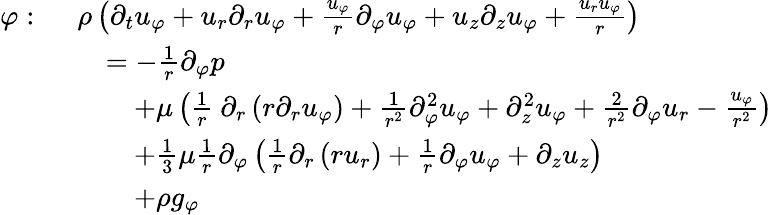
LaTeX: {\begin{array}{rl}{\varphi:\ }&{\rho\left({\partial_{t}u_{\varphi}}+u_{r}{\partial_{r}u_{\varphi}}+{\frac{u_{\varphi}}{r}}{\partial_{\varphi}u_{\varphi}}+u_{z}{\partial_{z}u_{\varphi}}+{\frac{u_{r}u_{\varphi}}{r}}\right)}\\ &{\quad=-{\frac{1}{r}}{\partial_{\varphi}p}}\\ &{\qquad+\mu\left({\frac{1}{r}}\ \partial_{r}\left(r{\partial_{r}u_{\varphi}}\right)+{\frac{1}{r^{2}}}{\partial_{\varphi}^{2}u_{\varphi}}+{\partial_{z}^{2}u_{\varphi}}+{\frac{2}{r^{2}}}{\partial_{\varphi}u_{r}}-{\frac{u_{\varphi}}{r^{2}}}\right)}\\ &{\qquad+{\frac{1}{3}}\mu{\frac{1}{r}}\partial_{\varphi}\left({\frac{1}{r}}{\partial_{r}\left(ru_{r}\right)}+{\frac{1}{r}}{\partial_{\varphi}u_{\varphi}}+{\partial_{z}u_{z}}\right)}\\ &{\qquad+\rho g_{\varphi}}\end{array}}